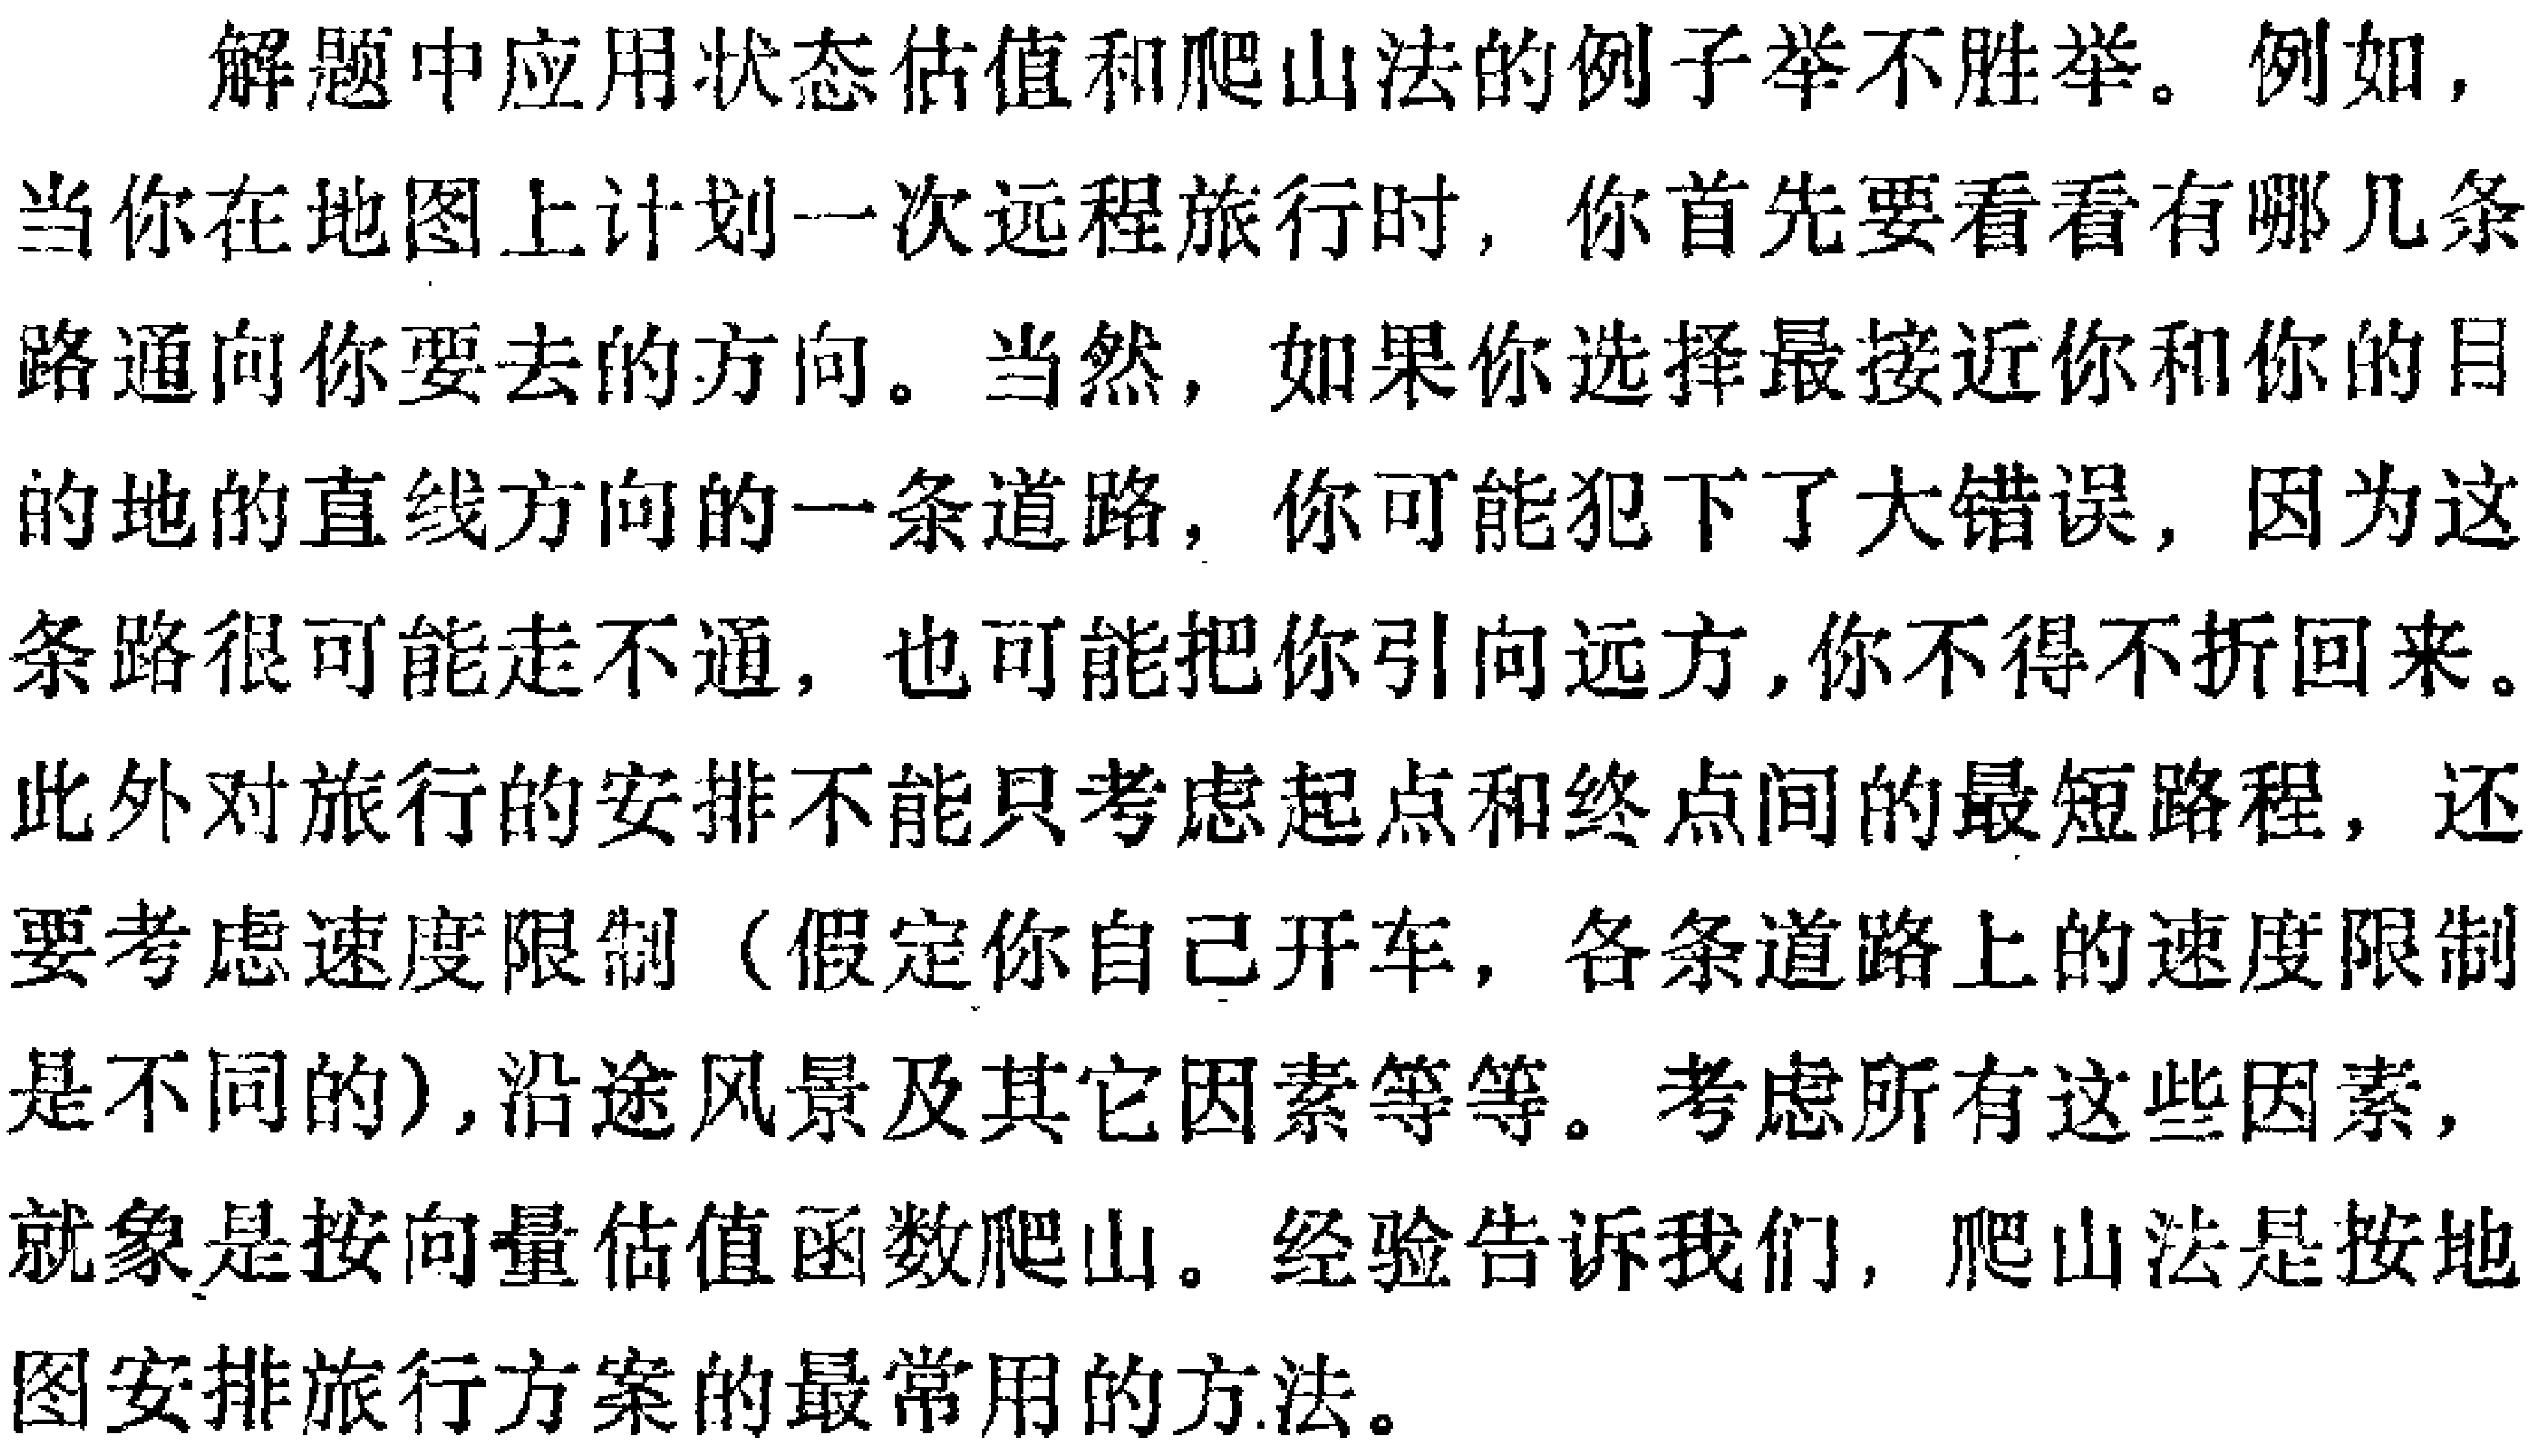
解题中应用状态估值和爬山法的例子举不胜举。例如，当你在地图上计划一次远程旅行时，你首先要看看有哪几条路通向你要去的方向。当然，如果你选择最接近你和你的目的地的直线方向的一条道路，你可能犯下了大错误，因为这条路很可能走不通，也可能把你引向远方,你不得不折回来。此外对旅行的安排不能只考虑起点和终点间的最短路程，还要考虑速度限制（假定你自己开车，各条道路上的速度限制是不同的),沿途风景及其它因素等等。考虑所有这些因素，就象是按向量估值函数爬山。经验告诉我们，爬山法是按地图安排旅行方案的最常用的方法。